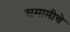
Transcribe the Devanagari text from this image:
समाप्तीचे